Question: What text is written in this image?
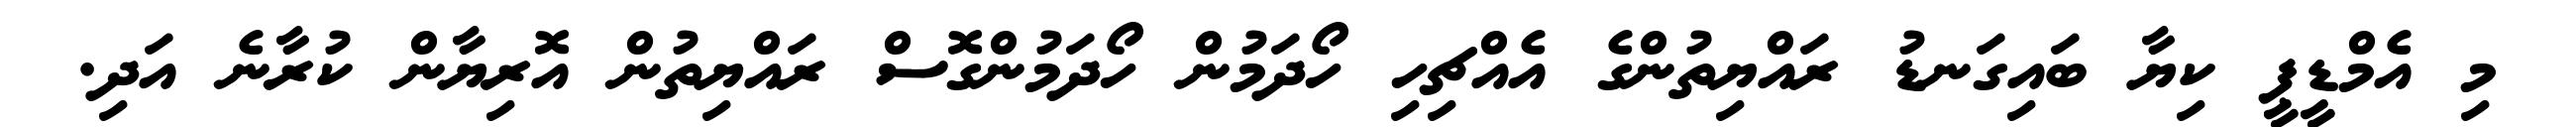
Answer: މި އެމްޑީޕީ ކިޔާ ބައިގަނޑު ރައްޔިތުންގެ އެއްޗިހި ހޯދަމުން ހޯދަމުންގޮސް ރައްޔިތުން އޮރިޔާން ކުރާނެ އަދި.